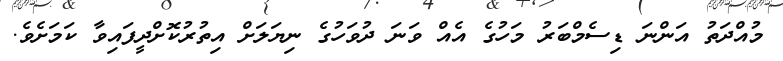
މުއްދަތު އަންނަ ޑިސެމްބަރު މަހުގެ އެއް ވަނަ ދުވަހުގެ ނިޔަލަށް އިތުރުކޮށްދީފައިވާ ކަމަށެވެ.